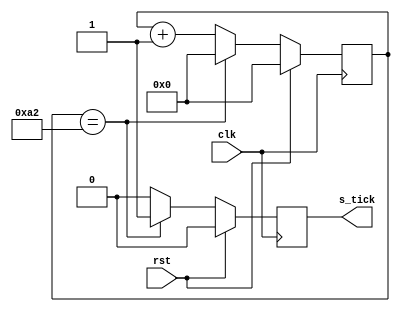
`timescale 1ns / 1ps
//////////////////////////////////////////////////////////////////////////////////
// Company: 
// Engineer: 
// 
// Design Name: 
// Module Name: brg
// Project Name: 
// Target Devices: 
// Tool Versions: 
// Description: 
// 
// Dependencies: 
// 
// Revision:
// Revision 0.01 - File Created
// Additional Comments:
// 
//////////////////////////////////////////////////////////////////////////////////


module brg 
    (
        output s_tick,
        input clk,
        input rst
    );
    
    // constants
    parameter CLK_FREQ = 50_000_000;  // 100 system clock frequency 50 for simulation
    parameter BAUD_RATE = 9_600; //baud rate
    parameter DIV_SAMPLE = 16; //16oversampling4
    parameter DIV_COUNTER = 163; // CLK_FREQ/(BAUD_RATE*DIV_SAMPLE); 
    // this is the number we have to divide the system clock frequency to get a frequency (DIV_SAMPLE) time higher than (BAUD_RATE)
    parameter MID_SAMPLE = (DIV_SAMPLE/2);  // this is the middle point of a bit where you want to sample it
    parameter DIV_BIT = 10; // 1 start, 8 data, 1 stop
    
    reg [DIV_BIT-1:0] counter;
    //wire [DIV_BIT-1:0] counter_act;
    reg tick;
    
    assign s_tick= tick;
    
    always@(posedge clk)
    begin
        if (rst)
        begin
            counter <= 0;
            tick <= 1'b0;
        end
        else
          /*  counter <= counter_act;
    end
    
    assign counter_act = (counter == (DIV_COUNTER-1)) ? 0 : counter + 1;
    assign s_tick = (counter == (DIV_COUNTER-1)) ? 1'b1 : 1'b0; 
*/
        begin
            counter <= counter + 1;           
            if (counter == (DIV_COUNTER - 1))
            begin
                counter <= 0;
                tick <= 1'b1;
            end
            else
                tick <= 1'b0;
        end
    end

endmodule